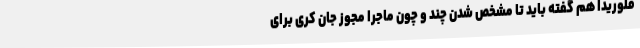
فلوریدا هم گفته باید تا مشخص شدن چند و چون ماجرا مجوز جان کری برای